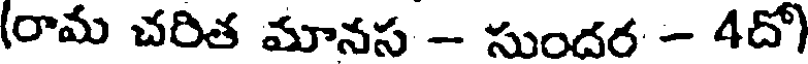
(రామ చరిత మానస - సుందర - 4దో)